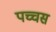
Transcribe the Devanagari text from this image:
पच्चस